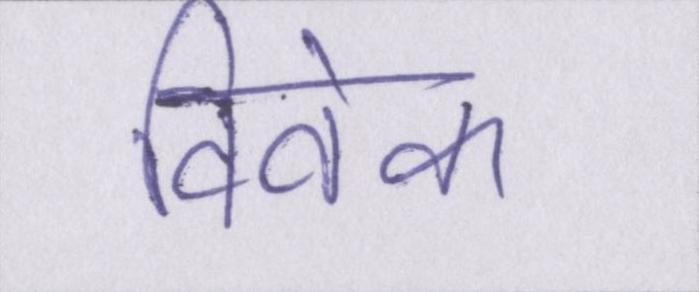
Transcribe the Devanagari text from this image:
विवेक